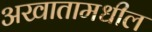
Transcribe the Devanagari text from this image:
अखातामधील